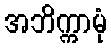
အဘိက္ကာမုံ